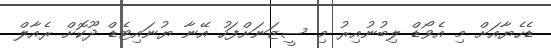
ޑެހެޔާއަށް މި އެވޯޑް ލިބުނުއިރު މި ސީޒަނަށްފަހު އޭނާ ޔުނައިޓެޑް ދޫކޮށް ރެއާލް